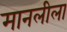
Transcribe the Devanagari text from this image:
मानलीला